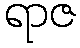
ရာဇ